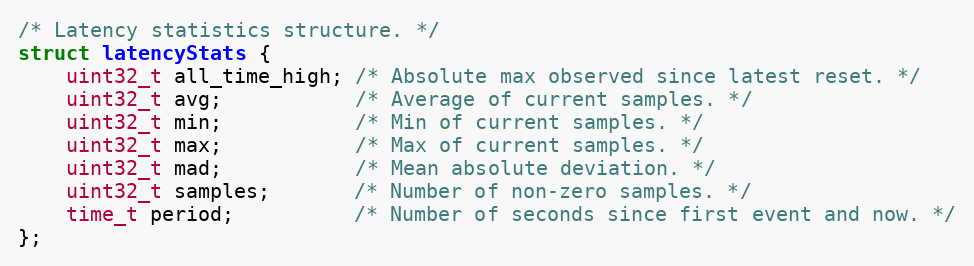
Language: C
/* Latency statistics structure. */
struct latencyStats {
    uint32_t all_time_high; /* Absolute max observed since latest reset. */
    uint32_t avg;           /* Average of current samples. */
    uint32_t min;           /* Min of current samples. */
    uint32_t max;           /* Max of current samples. */
    uint32_t mad;           /* Mean absolute deviation. */
    uint32_t samples;       /* Number of non-zero samples. */
    time_t period;          /* Number of seconds since first event and now. */
};